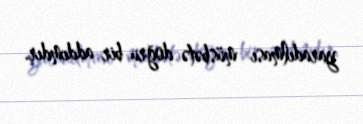
yaradılması müsbətə doğru bir addımdır.